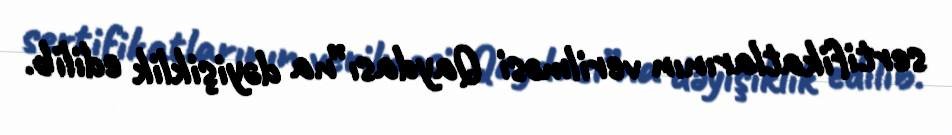
sertifikatlarının verilməsi Qaydası”na dəyişiklik edilib.